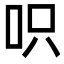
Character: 呮